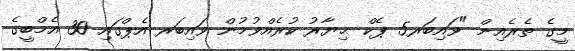
މީގެ ތެރެއިން "ވައިބަރ5 ޕެކް ޙިޔާރު ކުރެއްވުމުން ވައިބަރ އެޕްގައި 30 އެމްބީގެ